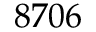
8 7 0 6